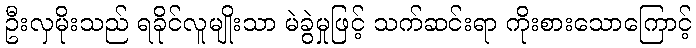
ဦးလှမိုးသည် ရခိုင်လူမျိုးသာ မဲခွဲမှုဖြင့် သက်ဆင်းရာ ကိုးစားသောကြောင့်